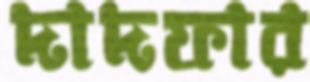
দাদফার